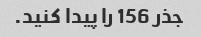
جذر 156 را پیدا کنید.